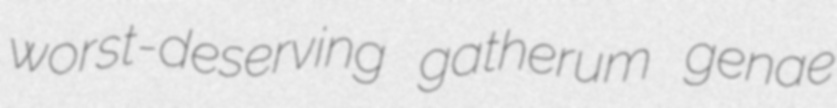
worst-deserving gatherum genae